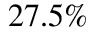
2 7 . 5 \%